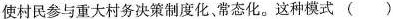
使村民参与重大村务决策制度化、常态化。这种模式（）